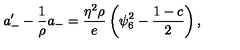
a _ { - } ^ { \prime } - \frac { 1 } { \rho } a _ { - } = \frac { \eta ^ { 2 } \rho } { e } \left( \psi _ { 6 } ^ { 2 } - \frac { 1 - c } { 2 } \right) ,